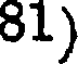
81)